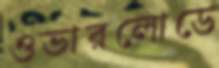
ওভারলোডে